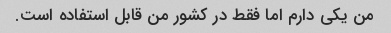
من یکی دارم اما فقط در کشور من قابل استفاده است.